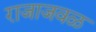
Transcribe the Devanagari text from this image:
राजाजवळ